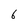
Character: 6